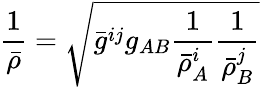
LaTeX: \frac{1}{\bar{\rho}}=\sqrt{\bar{g}^{ij}g_{AB}\frac{1}{\bar{\rho}_{A}^{i}}\frac{1}{\bar{\rho}_{B}^{j}}}